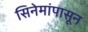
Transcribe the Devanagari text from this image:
सिनेमांपासून